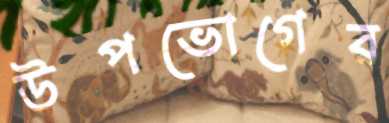
উপভোগের